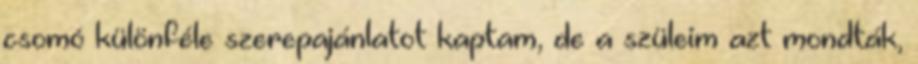
csomó különféle szerepajánlatot kaptam, de a szüleim azt mondták,